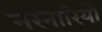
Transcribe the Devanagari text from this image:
नरनारियो